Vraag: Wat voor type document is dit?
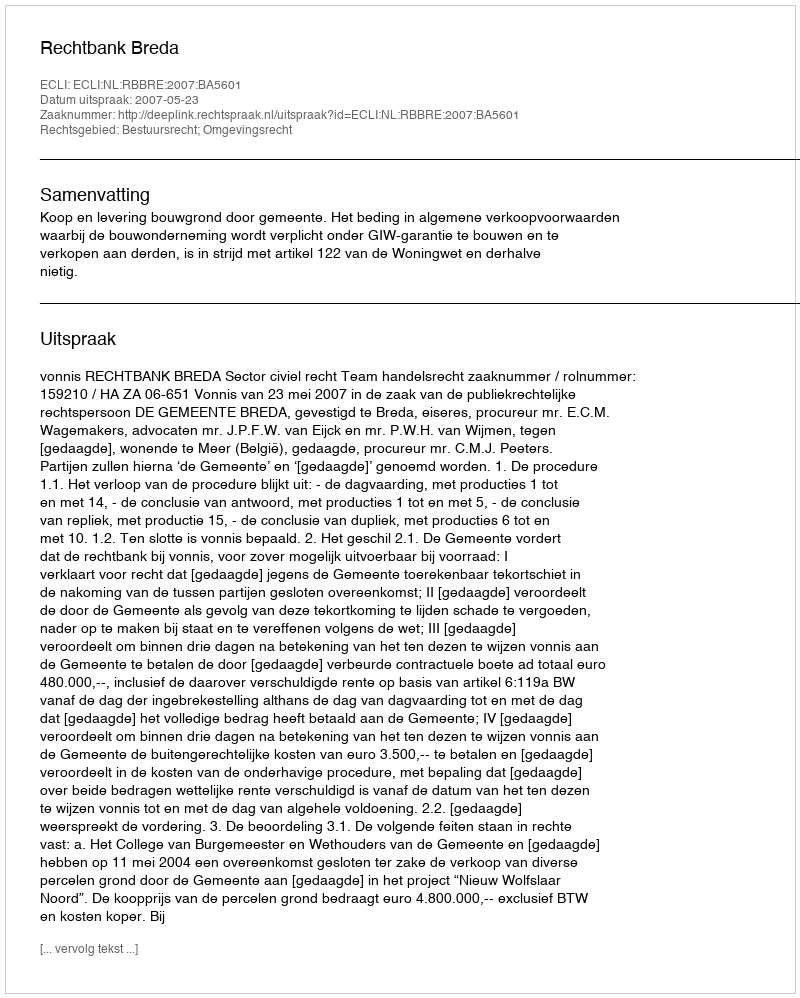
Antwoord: Uitspraak